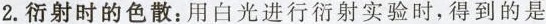
2.衍射时的色散：用白光进行衍射实验时，得到的是